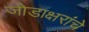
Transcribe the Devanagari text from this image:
जोडाक्षरांचे